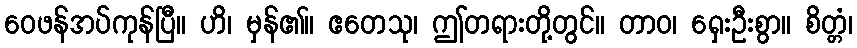
ဝေဖန်အပ်ကုန်ပြီ။ ဟိ၊ မှန်၏။ ဧတေသု၊ ဤတရားတို့တွင်။ တာဝ၊ ရှေးဦးစွာ။ စိတ္တံ၊